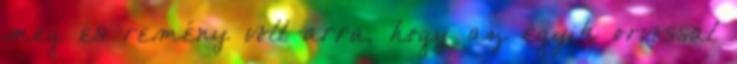
meg és remény volt arra, hogy az egyik orvossal